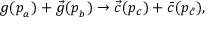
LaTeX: g ( p _ { { } _ { a } } ) + \vec { g } ( p _ { { } _ { b } } ) \rightarrow \vec { c } ( p _ { c } ) + \bar { c } ( p _ { \bar { c } } ) ,